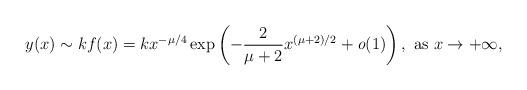
LaTeX: \begin{align*} y(x)\sim kf(x)=kx^{-\mu/4}\exp\left(-\frac{2}{\mu+2}x^{(\mu+2)/2}+\textit{o}(1)\right), \ {\rm as}\ x\to+\infty,\end{align*}